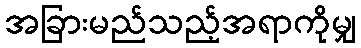
အခြားမည်သည့်အရာကိုမျှ